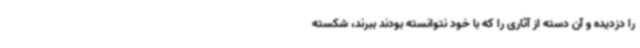
را دزدیده و آن دسته از آثاری را که با خود نتوانسته بودند ببرند، شکسته